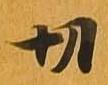
切